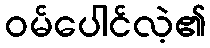
ဝမ်ပေါင်လဲ့၏